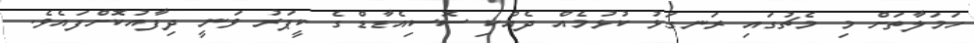
ހަމަލާތަށް މި މެޗުގައި ރަނގަޅު ކުޅުމެއް ދެއްކި ސޮސިއެޑާޑްގެ ކީޕަރު ވަނީ ދިފާއުކޮށްފައެވެ.